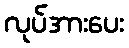
လုပ်အားပေး